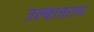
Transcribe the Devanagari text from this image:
उल्बावरण